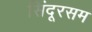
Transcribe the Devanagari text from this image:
सिंदूरसम